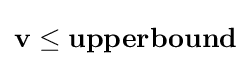
\mathbf {v} \leq \mathbf {upperbound}